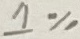
Text: 1%